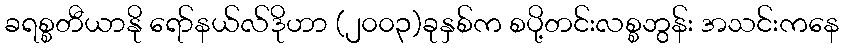
ခရစ္စတီယာနို ရော်နယ်လ်ဒိုဟာ (၂၀၀၃)ခုနှစ်က စပို့တင်းလစ္စဘွန်း အသင်းကနေ